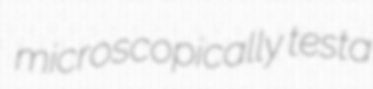
microscopically testa